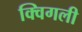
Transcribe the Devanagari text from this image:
क्विगली